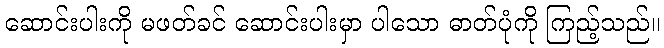
ဆောင်းပါးကို မဖတ်ခင် ဆောင်းပါးမှာ ပါသော ဓာတ်ပုံကို ကြည့်သည်။